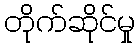
တိုက်ဆိုင်မှု